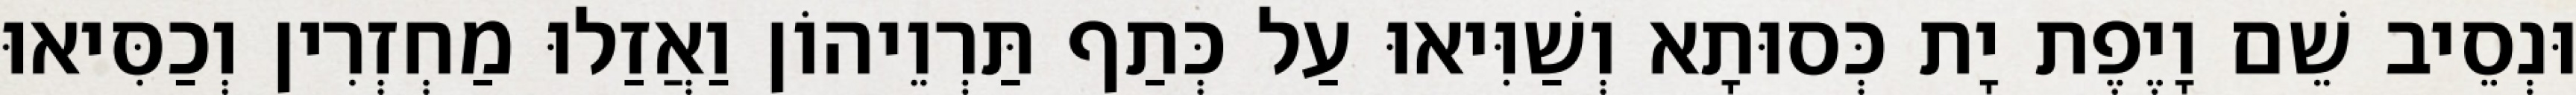
וּנְסֵיב שֵׁם וָיֶפֶת יָת כְּסוּתָא וְשַׁוִּיאוּ עַל כְּתַף תַּרְוֵיהוֹן וַאֲזַלוּ מַחְזְרִין וְכַסִּיאוּ